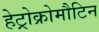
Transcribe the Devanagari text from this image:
हेट्रोक्रोमौटिन